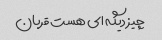
چیز دیگه ای هست قربان